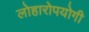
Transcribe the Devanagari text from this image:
लोहारोपयोगी